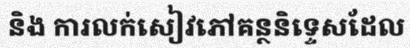
និង ការលក់សៀវភៅគន្ថនិទ្ទេសដែល